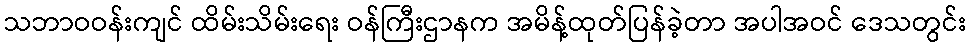
သဘာဝဝန်းကျင် ထိမ်းသိမ်းရေး ဝန်ကြီးဌာနက အမိန့်ထုတ်ပြန်ခဲ့တာ အပါအဝင် ဒေသတွင်း